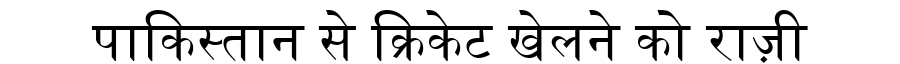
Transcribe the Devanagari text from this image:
पाकिस्तान से क्रिकेट खेलने को राज़ी